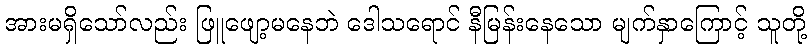
အားမရှိသော်လည်း ဖြူဖျော့မနေဘဲ ဒေါသရောင် နီမြန်းနေသော မျက်နှာကြောင့် သူတို့